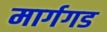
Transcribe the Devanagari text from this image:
मार्गगड